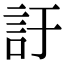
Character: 訏